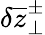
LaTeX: \delta\overline{{z}}_{\perp}^{\pm}